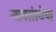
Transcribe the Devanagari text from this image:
न्यायसंस्थेचा